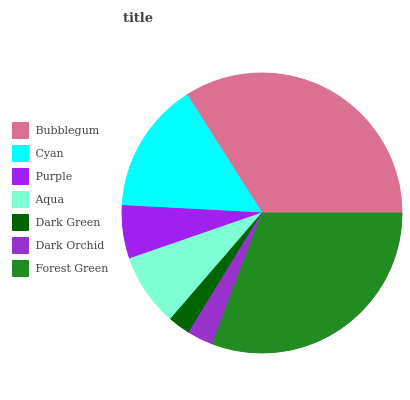
| Bubblegum | Cyan | Purple | Aqua | Dark Green | Dark Orchid | Forest Green |
 | --- | --- | --- | --- | --- | --- | --- |
 | 34.1% | 15.2% | 6.13% | 8.37% | 2.59% | 2.98% | 30.7% |